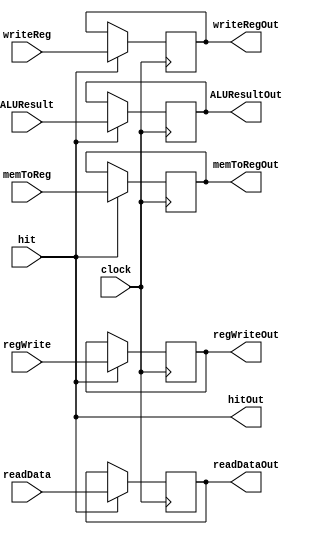
`timescale 1ns / 1ps

module MemoryWriteBackRegister(clock, hit, readData, ALUResult, writeReg, regWrite, memToReg, hitOut, readDataOut,
							  ALUResultOut, writeRegOut, regWriteOut, memToRegOut);


	input clock;
	input hit;
	input [31:0] readData;
	input [31:0] ALUResult;
	input [4:0] writeReg;
	input regWrite;
	input memToReg;
	
	output hitOut;
	output reg [31:0] readDataOut = 0;
	output reg [31:0] ALUResultOut = 0;
	output reg [4:0]  writeRegOut = 0;
	output reg regWriteOut = 0;
	output reg memToRegOut = 0;
	
	assign hitOut = hit;
	
	always @(negedge clock)
		begin
			if(hit) 
				begin 
				readDataOut  = readData;
				ALUResultOut = ALUResult;
				writeRegOut  = writeReg;
				regWriteOut  = regWrite;				
				memToRegOut  = memToReg;	
				end
		end

endmodule